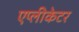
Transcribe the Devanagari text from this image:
एप्लीकेटर